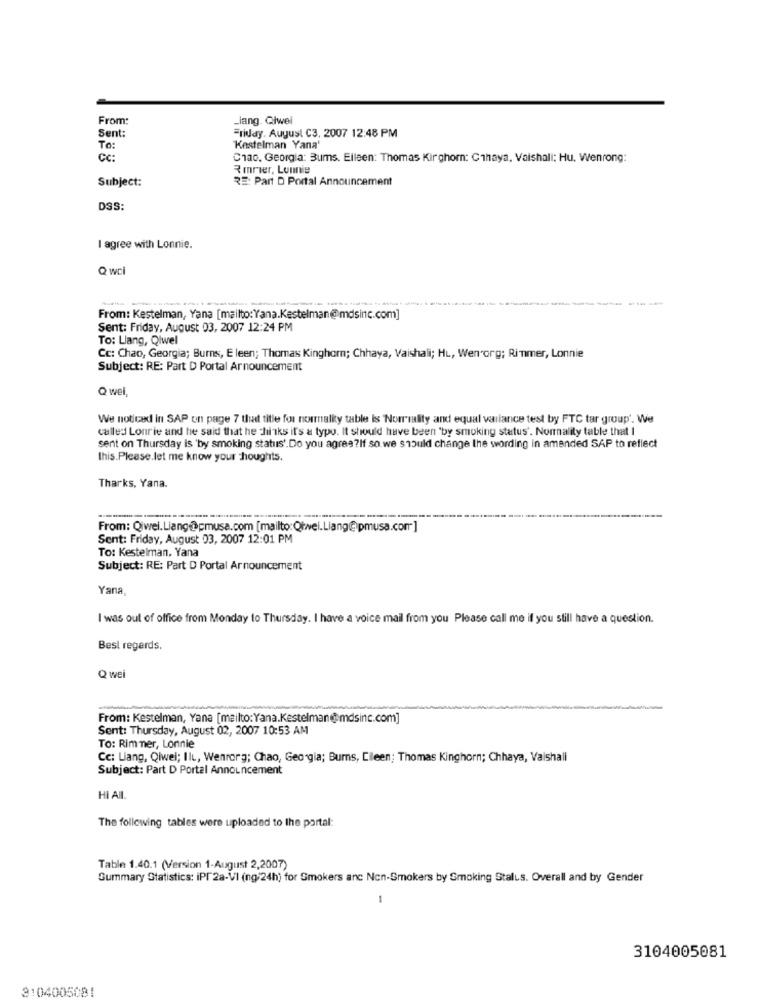
From:
lang. Ciwei
Sent:
Friday. August C3, 2007 12:48 PM
To:
Kestelman Yana'
CC:
Ciao, Georgia: Bums. Elleen: Thomas Kirghorn: Chhaya, Vaishali: Hu. Wenrong:
Rmrier, Lonnie
Subject:
RE: Part D Portal Announcement
DSS:
I agree with Lonnie.
Q wci
From: Kestelman, Yana [mailto:Yana.Kestelman@mdsinc.com]
Sent: Friday, August 03, 2007 12:24 PM
To: Lang, Qiwel
Cc: Chao, Georgia; Burns, E leen; Thomass Kinghorn; Chhaya, Vaishali; HL, Wen org; Rimmer, Lonnie
Subject: RE: Part D Portal Arnouncement
Q wel,
We noticed in SAP on page 7 that title for normality table is Normality and equal vallance test by FTC tar group'. We
called Lonrie and he said that he chiliks it's a typo. It should have been 'by smoking status'. Normality table that I
sent on Thursday is 'by smoking status'.Do you agree?if so.we should change the wording in amended SAP to reflect
this. Please.let me know your Thoughts.
Tharks, Yana.
From: Qiwei. Liang@pmusa.com [mailto: Qtwei.Liang@pmusa.com]
Sent: Friday, August 03, 2007 12:01 PM
To: Kestelman, Yana
Subject: RE: Part D Portal Arnouncement
Yana
I was out of office from Monday to Thursday. I have a voice mail from you Please call me if you still have a question.
Best regards.
Q wei
From: Kestelman, Yana [mailto: Yana.Kestelman@mdsinc.com]
Sent: Thursday, August 02, 2007 10:53 AM
To: Rim mer, Lonnie
Cc: Liang, Qiwei; IIL, Wenrorg; Chao, Georgia; Burns, Cileen; Thomas Kinghorn; Chhaya, Vaishali
Subject: Part D Portal Announcement
HI All
The following tables were uploaded to the portal:
Table 1.40.1 (Version 1-August 2,2007)
Summary Statistics: iPI 2a-VI (ng/24h) for Smokers anc Non-Smokers by Smoking Stalus. Overall and by Gender
1
3104005081
3104005081